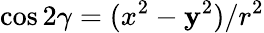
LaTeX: \cos{2\gamma}=(x^{2}-\mathbf{y}^{2})/r^{2}